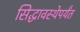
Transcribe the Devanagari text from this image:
सिद्धावस्थेपर्यंत